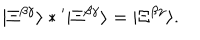
LaTeX: | \Xi ^ { \beta \gamma } \rangle * { } ^ { \prime } | \Xi ^ { \beta \gamma } \rangle = | \Xi ^ { \beta \gamma } \rangle .